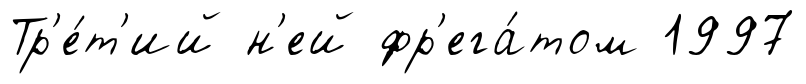
Тр'е́т'ий н'ей фр'ега́том 1997